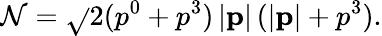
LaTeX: \mathcal{N}=\sqrt{}{{2(p^{0}+p^{3})\, |\mathbf{{p}}|\, (|\mathbf{{p}}|+p^{3})}}.